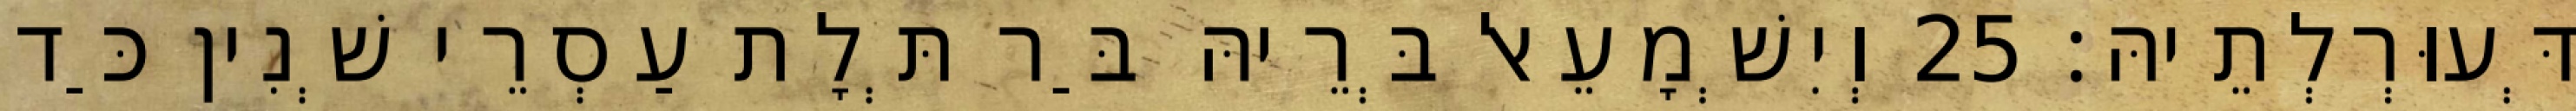
דְּעוּרְלְתֵיהּ׃ 25 וְיִשְׁמָעֵאל בְּרֵיהּ בַּר תְּלָת עַסְרֵי שְׁנִין כַּד